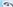
و